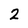
Character: 2